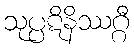
သုပ္ပဋိနိဿဂ္ဂီ